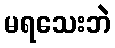
မရသေးဘဲ